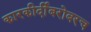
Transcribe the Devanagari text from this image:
कारकीर्दीबरोबरच